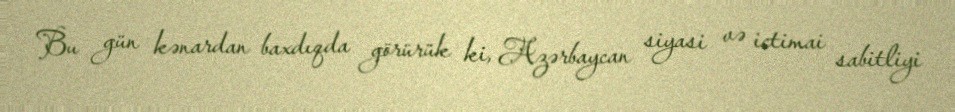
Bu gün kənardan baxdıqda görürük ki, Azərbaycan siyasi və ictimai sabitliyi